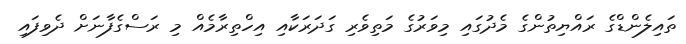
ތައިލެންޑްގެ ރައްޔިތުންގެ މެދުގައި މިވަރުގެ މަތިވެރި ގަދަރަކާއި އިހްތިރާމެއް މި ރަސްގެފާނަށް ދެވިފައި